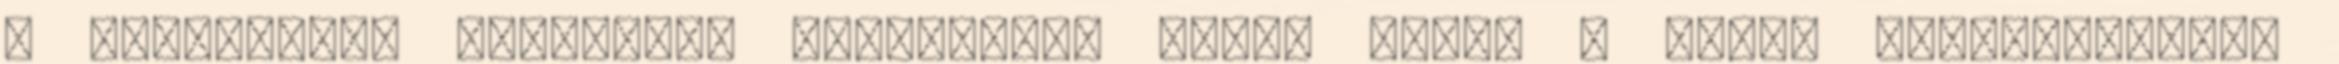
a szervezett zsírégető stratégia, látni fogja a gyors eredményeket,